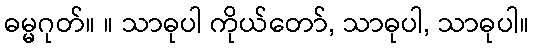
ဓမ္မဂုတ်။ ။ သာဓုပါ ကိုယ်တော်, သာဓုပါ, သာဓုပါ။